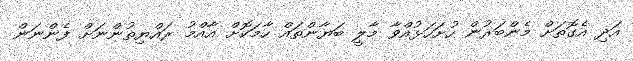
އަދި އެގޮތަށް މެންބަރުން ހުށަހަޅުއްވާ މާލީ ބަޔާންތައް ހާމަކޮށް އާއްމު ރައްޔިތުންނަށް ފެންނަން